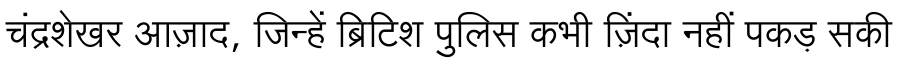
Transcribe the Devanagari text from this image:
चंद्रशेखर आज़ाद, जिन्हें ब्रिटिश पुलिस कभी ज़िंदा नहीं पकड़ सकी